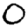
Digit: 0